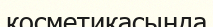
косметикасында